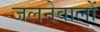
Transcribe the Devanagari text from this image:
जलनेवालों